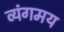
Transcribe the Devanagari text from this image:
व्यंगमय